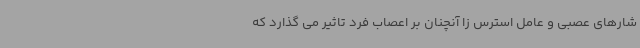
شارهای عصبی و عامل استرس زا آنچنان بر اعصاب فرد تاثیر می گذارد که